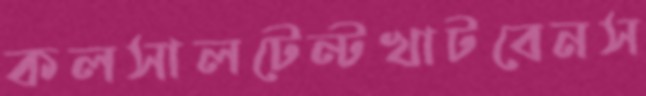
কলসালটেন্টখাটবেনস